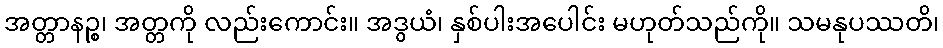
အတ္တာနဉ္စ၊ အတ္တကို လည်းကောင်း။ အဒွယံ၊ နှစ်ပါးအပေါင်း မဟုတ်သည်ကို။ သမနုပဿတိ၊